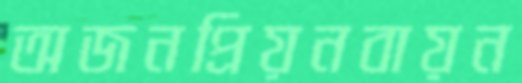
অজনপ্রিয়নবায়ন